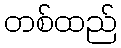
တစ်ထည်